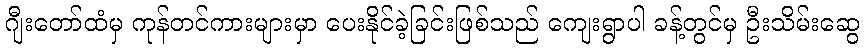
ဂျီးတော်ထံမှ ကုန်တင်ကားများမှာ ပေးနိုင်ခဲ့ခြင်းဖြစ်သည် ကျေးရွာပါ ခန့်တွင်မှ ဦးသိမ်းဆွေ